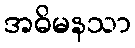
အဓိမနသာ